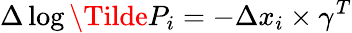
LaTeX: \Delta\log\Tilde{P}_{i}=-\Delta x_{i}\times\gamma^{T}